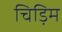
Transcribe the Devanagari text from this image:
चिड़िम